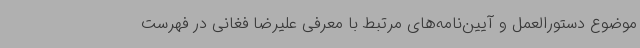
موضوع دستورالعمل و آیین‌نامه‌های مرتبط با معرفی علیرضا فغانی در فهرست